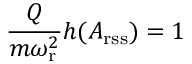
\frac { Q } { m \omega _ { \mathrm { r } } ^ { 2 } } h ( A _ { \mathrm { r s s } } ) = 1